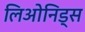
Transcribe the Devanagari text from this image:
लिओनिड्‌स